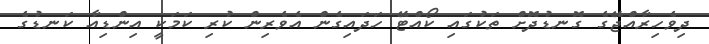
ދިވެހިރާއްޖޭގެ ގޮނޑުދޮށް ތަކުގައި ކޯއްޓޭ ހަދައިގެން އެވެރިން ކުރި ކަމަކީ އިންޑިއާ ކަނޑުގެ